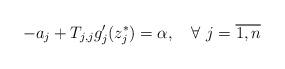
LaTeX: \begin{align*} -a_j+T_{j,j}g_j^{\prime }(z_j^\ast)=\alpha,\quad\forall~j=\overline{1,n}\end{align*}